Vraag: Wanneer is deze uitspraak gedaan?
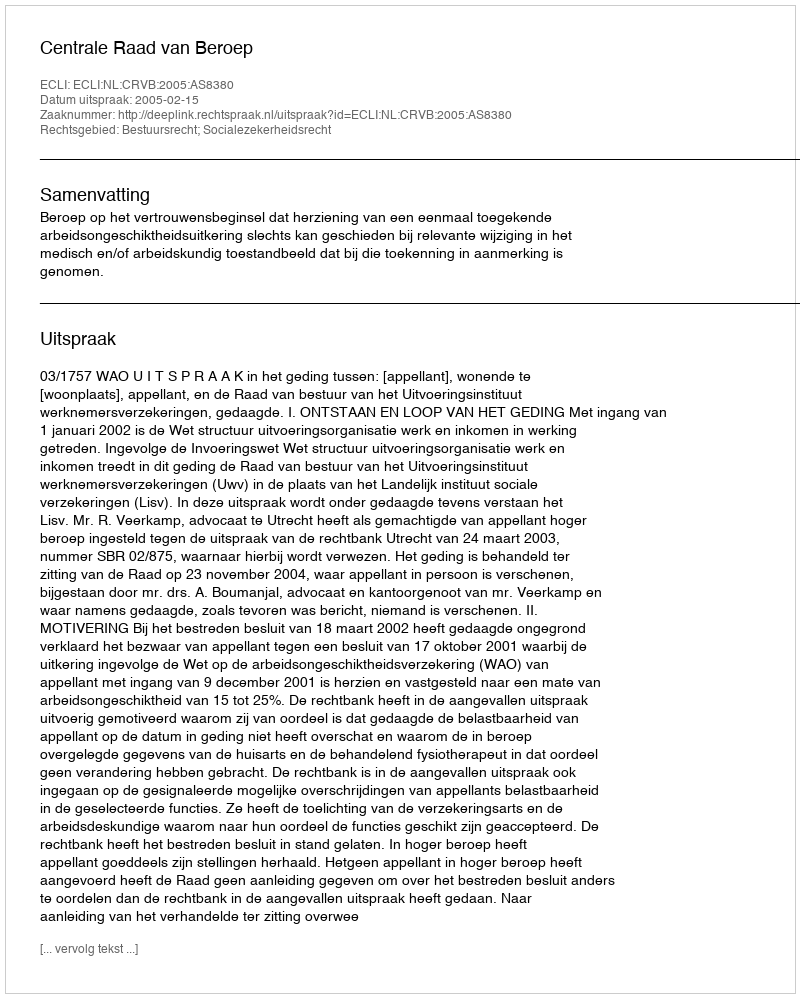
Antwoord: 2005-02-15